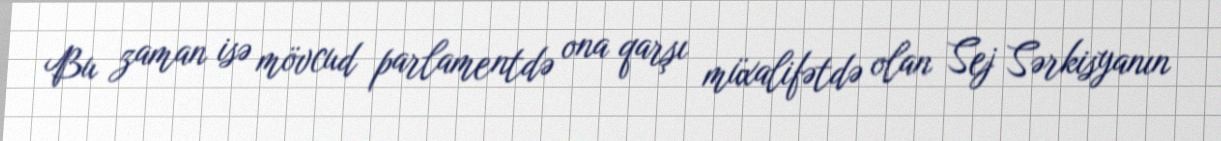
Bu zaman isə mövcud parlamentdə ona qarşı müxalifətdə olan Sej Sərkisyanın